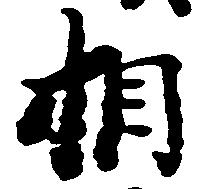
相